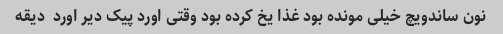
نون ساندویچ خیلی مونده بود غذا یخ کرده بود وقتی اورد پیک دیر اورد  دیقه